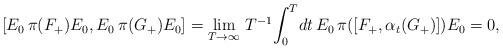
LaTeX: \begin{align*}[ E_0 \, \pi({F}_+) E_0, E_0 \, \pi({G}_+) E_0 ]= \lim_{T \rightarrow \infty} \! \mbox{ $T^{-1}$} \! \int_0^T \! dt \, E_0 \, \pi ( [ {F}_+, \alpha_t (G_+) ] ) E_0 = 0, \end{align*}